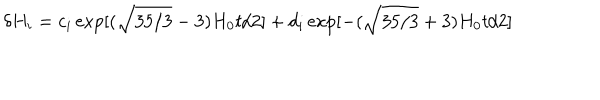
\delta H _ { i } = c _ { i } \exp [ ( \sqrt { 3 5 / 3 } - 3 ) H _ { 0 } t / 2 ] + d _ { i } \exp [ - ( \sqrt { 3 5 / 3 } + 3 ) H _ { 0 } t / 2 ]